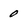
Character: 0